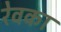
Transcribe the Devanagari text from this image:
रेवका